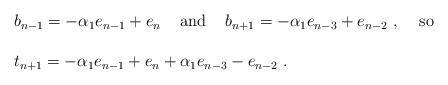
LaTeX: \begin{align*} \begin{array}{l}b_{n-1}=-\alpha _1e_{n-1}+e_n~~~\, {\rm and}~~~\, b_{n+1}=-\alpha _1e_{n-3}+e_{n-2}~,~~~\, {\rm so}\\ \\ t_{n+1}=-\alpha _1e_{n-1}+e_n+\alpha _1e_{n-3}-e_{n-2}~.\end{array} \end{align*}